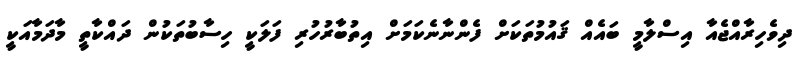
ދިވެހިރާއްޖެއާ އިސްލާމީ ބައެއް ޤައުމުތަކަށް ފެންނާނެކަމަށް އިތުބާރުހުރި ފަލަކީ ހިސާބުތަކުން ދައްކާތީ މާދަމާއަކީ